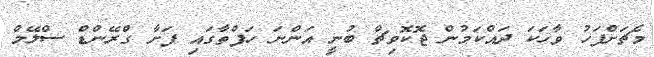
މެޗަށްފަހު ވާހަކަ ދައްކަމުން ޖޮކޮވިޗް ބުނީ އަންނަ ހަފްތާގައި ފަށާ ގްރޭންޑް ސްލޭމް